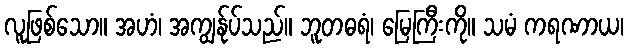
လူဖြစ်သော။ အဟံ၊ အကျွန်ုပ်သည်။ ဘူတဓရံ၊ မြေကြီးကို။ သမံ ကရဏာယ၊